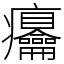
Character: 㿜